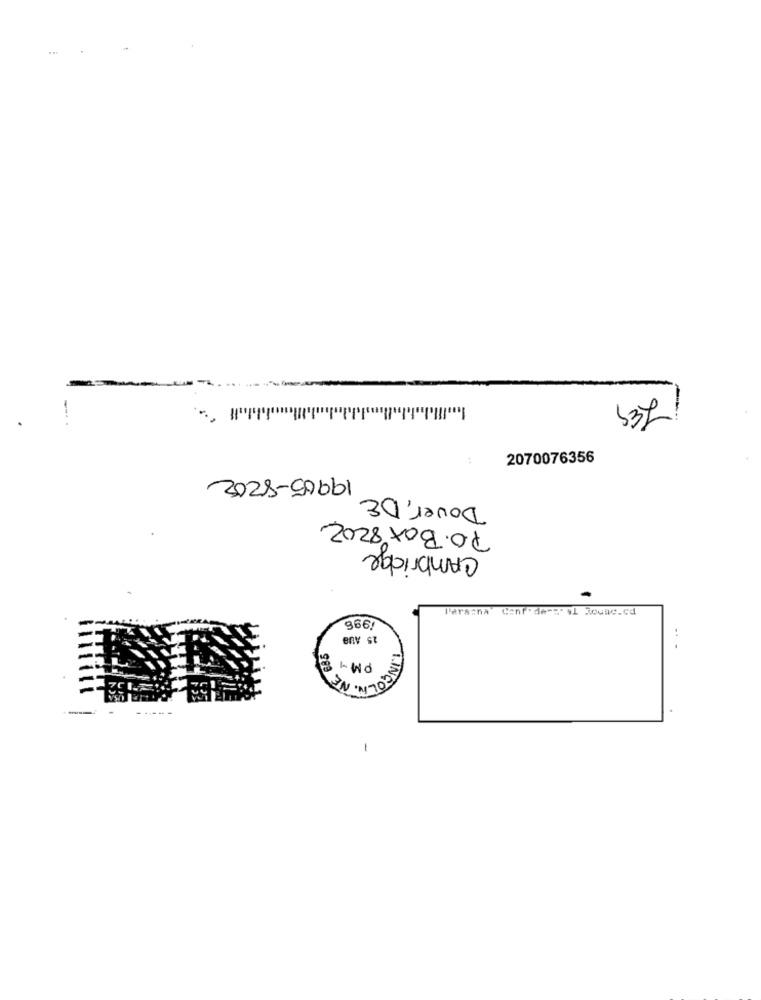
2070076356
19905-8202
Dover, DE
P.O. BOX 8202
Cambridge
1996
15 AUS
PM Y
INGOLN. NE
1